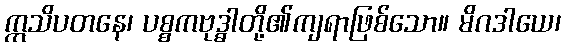
ဣသိပတနေ၊ ပစ္စကဗုဒ္ဓါတို့၏ကျရာဖြစ်သော။ မိဂဒါယေ၊